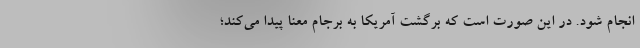
انجام شود. در این صورت است که برگشت آمریکا به برجام معنا پیدا می‌کند؛